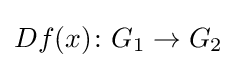
Df(x)\colon G_{1}\to G_{2}